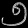
Digit: ၅